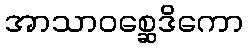
အာသာဝစ္ဆေဒိကော